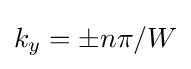
k_{y}=\pm n\pi /W